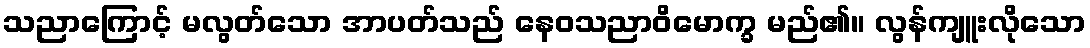
သညာကြောင့် မလွတ်သော အာပတ်သည် နေဝသညာဝိမောက္ခ မည်၏။ လွန်ကျူးလိုသော